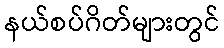
နယ်စပ်ဂိတ်များတွင်